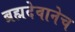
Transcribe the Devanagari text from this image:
ब्रह्मदेवानेच